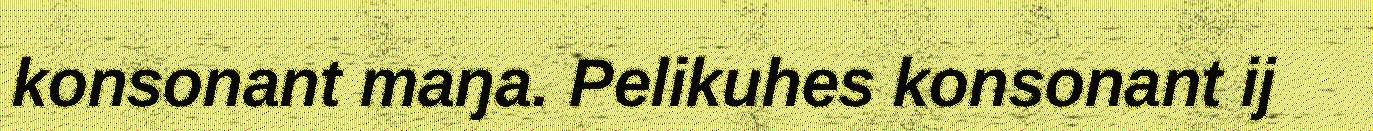
konsonant maŋa. Pelikuhes konsonant ij